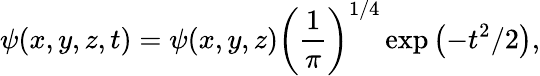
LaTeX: \psi(x,y,z,t)=\psi(x,y,z)\left({\frac{1}{\pi}}\right)^{1/4}\exp{\left(-t^{2}/2\right)},